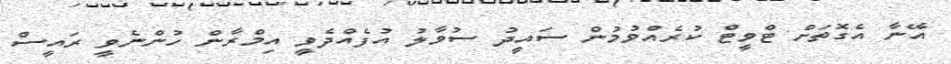
އޭނާ އެގޮތަށް ޓްވީޓް ކުރެެއްވުމުން ސައީދު ސުވާލު އުފެއްދެވީ އިމްރާން ހުންނެވީ ރައީސް